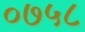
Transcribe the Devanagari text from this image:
०७५८